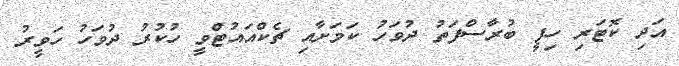
އަދި ކޮޓަރި ހިފީ ބުރާސްފަތު ދުވަހު ކަމަށާއި ޗެކްއައުޓްވީ ހުކުރު ދުވަހު ހަވީރު